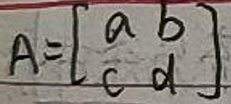
$A = \begin{bmatrix}a&b\\c&d\end{bmatrix}$